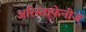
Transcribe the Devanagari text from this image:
अरिस्ताफेनीज